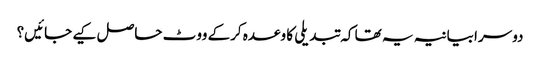
دوسرا بیانیہ یہ تھا کہ تبدیلی کا وعدہ کرکے ووٹ حاصل کیے جائیں؟